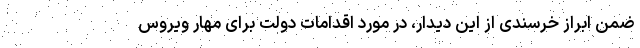
ضمن ابراز خرسندی از این دیدار، در مورد اقدامات دولت برای مهار ویروس